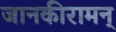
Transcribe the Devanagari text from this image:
जानकीरामन्